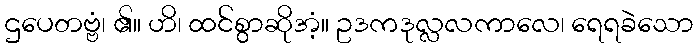
ဌပေတဗ္ဗံ၊ ၏။ ဟိ၊ ထင်စွာဆိုအံ့။ ဥဒကဒုလ္လလကာလေ၊ ရေရခဲသော